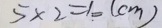
5 \times 2 = 1 0 ( c m )